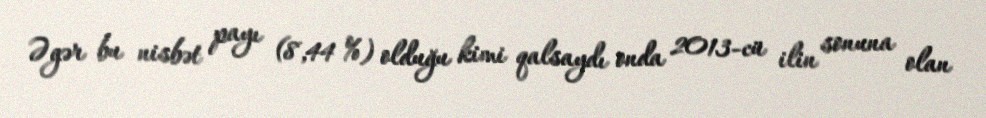
Əgər bu nisbət payı (8,44 %) olduğu kimi qalsaydı onda 2013-cü ilin sonuna olan